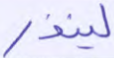
لينذر